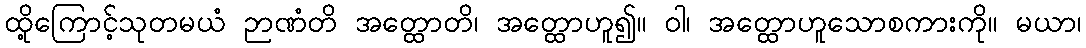
ထို့ကြောင့်သုတမယံ ဉာဏံတိ အတ္ထောတိ၊ အတ္ထောဟူ၍။ ဝါ၊ အတ္ထောဟူသောစကားကို။ မယာ၊